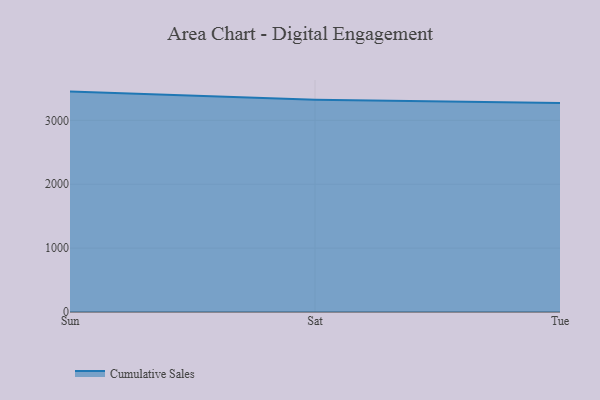
{"axis": {"x": "Day", "y": "Production Output"}, "legend": ["Cumulative Sales"], "data": [{"x": "Sun", "y": 3450.4, "type": "Cumulative Sales"}, {"x": "Sat", "y": 3323.0, "type": "Cumulative Sales"}, {"x": "Tue", "y": 3270.1, "type": "Cumulative Sales"}]}